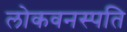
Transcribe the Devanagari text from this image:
लोकवनस्पति